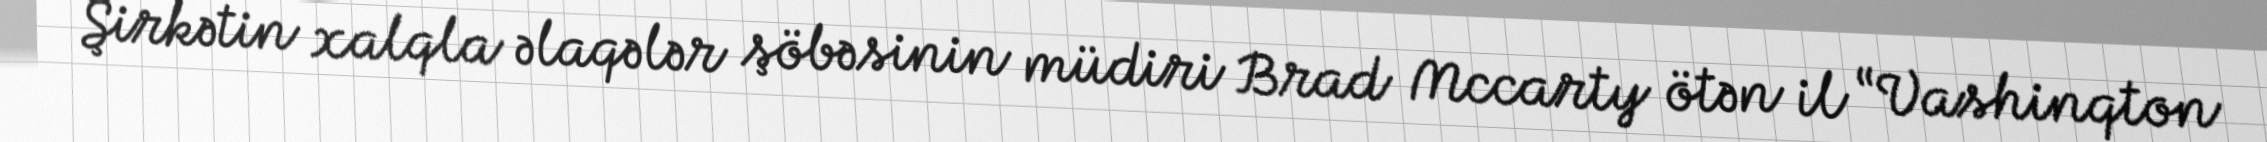
Şirkətin xalqla əlaqələr şöbəsinin müdiri Brad Mccarty ötən il “Vashinqton